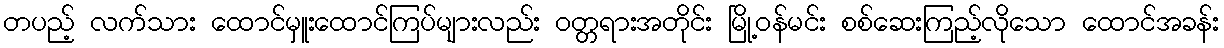
တပည့် လက်သား ထောင်မှူးထောင်ကြပ်များလည်း ဝတ္တရားအတိုင်း မြို့ဝန်မင်း စစ်ဆေးကြည့်လိုသော ထောင်အခန်း